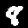
Digit: 8